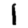
Digit: 1